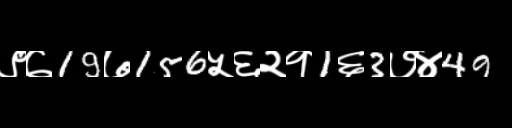
Text: ९७19७156५६२१1६3७४49